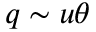
q \sim u \theta